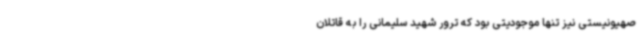
صهیونیستی نیز تنها موجودیتی بود که ترور شهید سلیمانی را به قاتلان